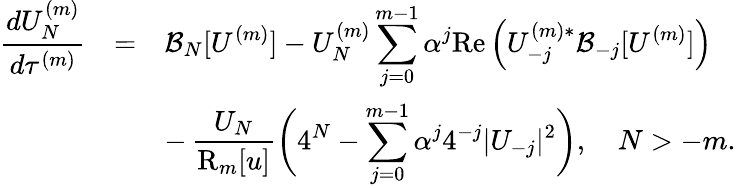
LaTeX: \begin{array}{rcl}{\displaystyle\frac{dU_{N}^{(m)}}{d\tau^{(m)}}}&{=}&{\displaystyle\mathcal{B}_{N}[U^{(m)}]-U_{N}^{(m)}\sum_{j=0}^{m-1}\alpha^{j}\mathrm{Re}\left(U_{-j}^{(m)*}\mathcal{B}_{-j}[U^{(m)}]\right)}\\ &&{\displaystyle-\, \frac{U_{N}}{\mathrm{R}_{m}[u]}\bigg(4^{N}-\sum_{j=0}^{m-1}\alpha^{j}4^{-j}|U_{-j}|^{2}\bigg),\quad N>-m.}\end{array}